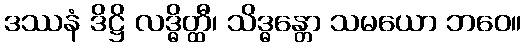
ဒဿနံ ဒိဋ္ဌိ လဒ္ဓိတ္ထီ၊ သိဒ္ဓန္တော သမယော ဘဝေ။